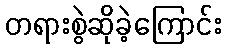
တရားစွဲဆိုခဲ့ကြောင်း